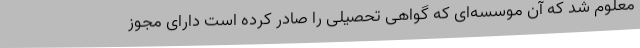
معلوم شد که آن موسسه‌ای که گواهی تحصیلی را صادر کرده است دارای مجوز